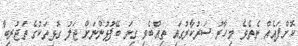
ކޮށްފައެއް ނެތެވެ. މިހާރު ސަރުކާރުގައި ތިއްބެވި ގިނަ ބޭފުޅުންނަށް ޖަލު ގޮޅިތަކުގެ ތަޖުރިބާ